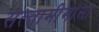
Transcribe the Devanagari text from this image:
सत्‍तामीमांसा